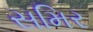
સમિર